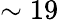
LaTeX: \sim 19